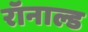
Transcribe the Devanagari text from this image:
रॉनाल्ड